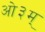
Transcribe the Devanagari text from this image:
आे३म्